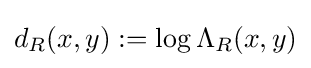
d_{R}(x,y):=\log \Lambda _{R}(x,y)